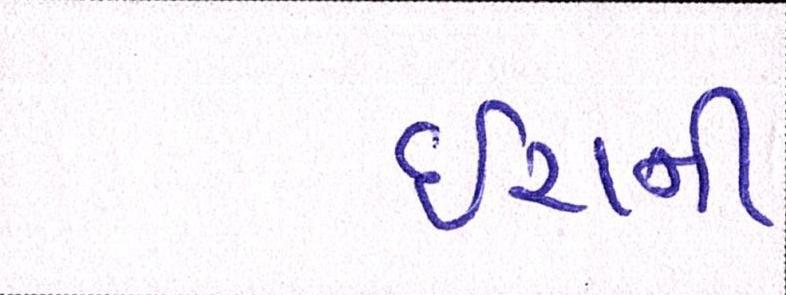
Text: ઇરાની